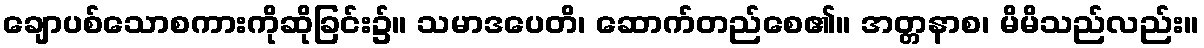
ချောပစ်သောစကားကိုဆိုခြင်း၌။ သမာဒပေတိ၊ ဆောက်တည်စေ၏။ အတ္တနာစ၊ မိမိသည်လည်း။